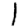
Digit: 1